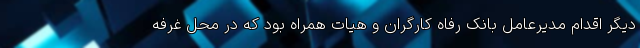
دیگر اقدام مدیرعامل بانک رفاه کارگران و هیات همراه بود که در محل غرفه